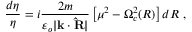
\frac { d \eta } { \eta } = i \frac { 2 m } { \varepsilon _ { o } \vert \mathbf k \cdot \mathbf { \hat { R } } \vert } \left[ \mu ^ { 2 } - \Omega _ { c } ^ { 2 } ( R ) \right] d R \ ,